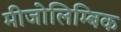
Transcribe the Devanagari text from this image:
मीजोलिम्बिक